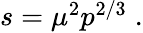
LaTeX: \begin{array}{r}{s=\mu^{2}p^{2/3}\; .}\end{array}